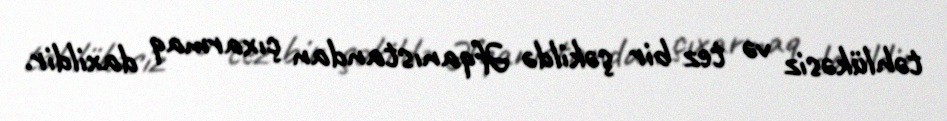
təhlükəsiz və tez bir şəkildə Əfqanıstandan çıxarmaq daxildir.